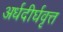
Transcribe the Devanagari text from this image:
अर्धदीर्घवृत्त